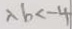
\lambda b < - 4